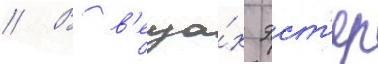
// В в'еща́х эст'ер